Eesti_Rahvusfond, lk 2
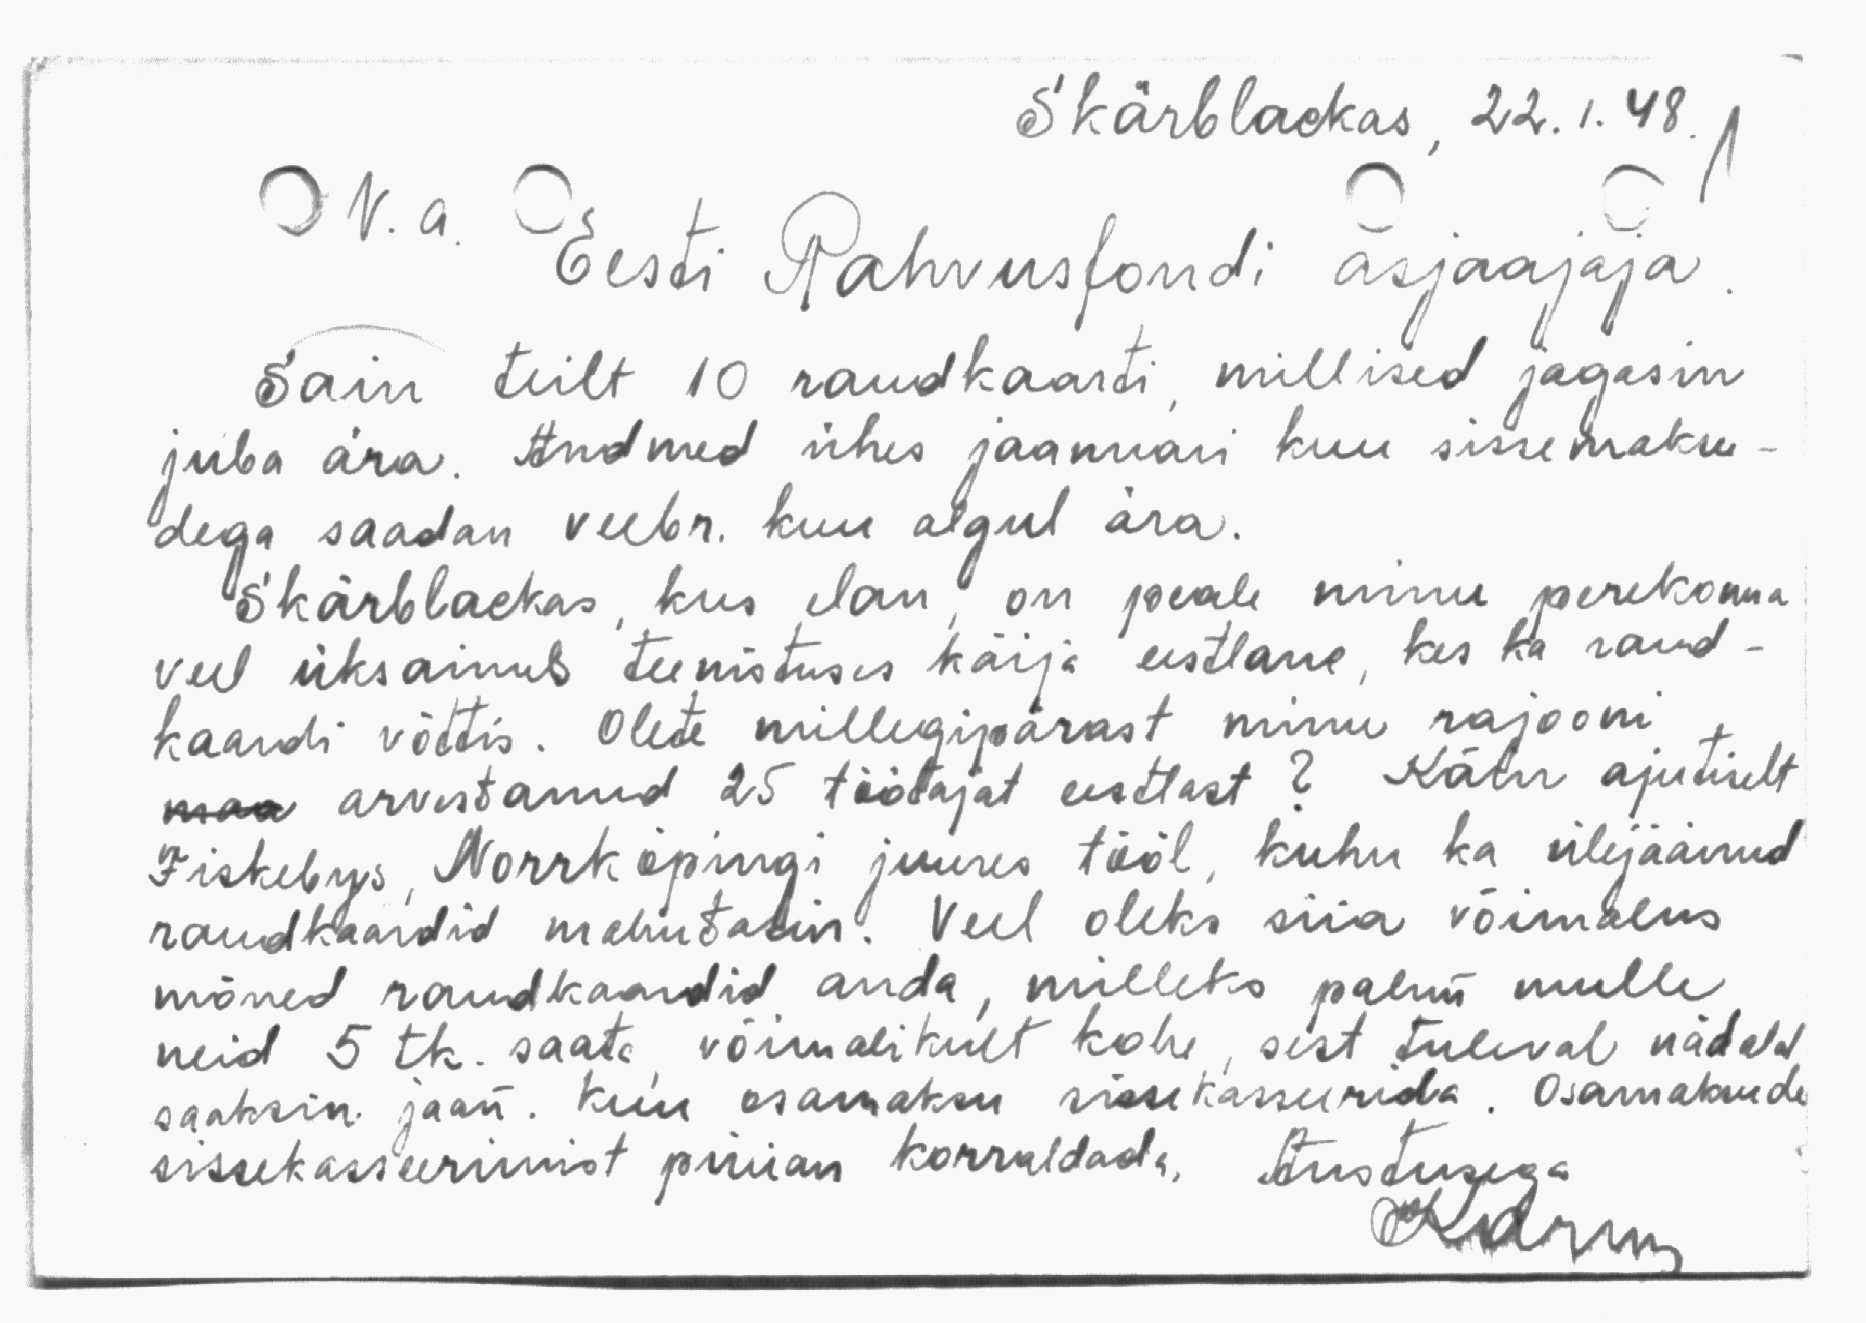
Skärblackas 22.1.48.
V.a. Eesti Rahvusfondi asjaajaja
sain teilt 10 raudkaarti millised jagasin
juba ära. Andmed ühes jaanuari kuu sissemaksu-
dega saadan veebr. kuu algul ära.
Skärblackas kus elan on peale minu perekonna
veel üksainus teenistuses käija eestlane, kes ka raud-
kaardi võttis. Olete millegipärast minu rajooni
maa arvistanud 25 töötajat eestlast? Käin ajutiselt
Fiskebys, Norrköpingi juures tööl, kuhu ka ülejäänud
raudkaardid mahutasin. Veel oleks siia võimalus
mõned raudkaardid anda, milleks palun mulle
neid 5tk. saata võimalikult kohe, sest tuleval näddal
saatsin jaan. kui osamaksu sissekasserida. Osamaksude
sissekasseerimist püüan korraldada, Austusega
Kdrum